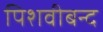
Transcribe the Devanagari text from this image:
पिशवीबन्द